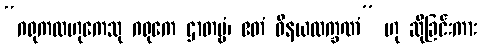
“ဂရုကလဟုကေသု ဂရုကေ ဌာတဗ္ဗံ၊ ဧတံ ဝိနယလက္ခဏံ” ဟု ဆိုခြင်းကား